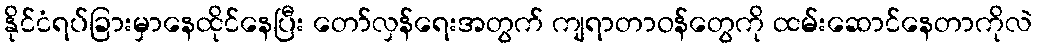
နိုင်ငံရပ်ခြားမှာနေထိုင်နေပြီး တော်လှန်ရေးအတွက် ကျရာတာဝန်တွေကို ထမ်းဆောင်နေတာကိုလဲ